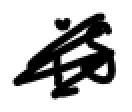
Text: is
Cross-out: scratch
Writing tool: digital_black